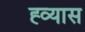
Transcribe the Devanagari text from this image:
ह्व्यास